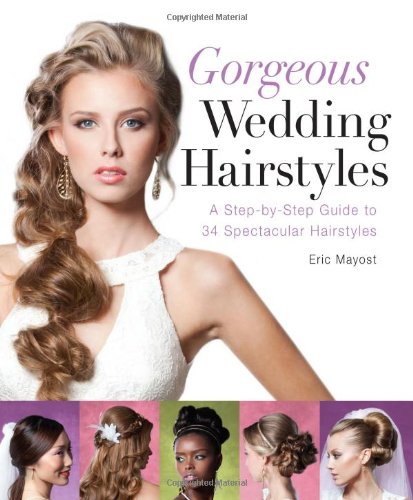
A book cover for Gorgeous Wedding Hairstyles: A Step-by-Step Guide to 34 Spectacular Hairstyles; Eric Mayost; Crafts, Hobbies & Home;